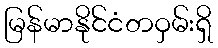
မြန်မာနိုင်ငံတဝှမ်းရှိ